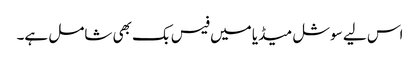
اس لیے سوشل میڈیا میں فیس بک بھی شامل ہے۔